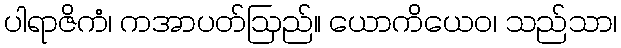
ပါရာဇိကံ၊ ကအာပတ်ဩည်။ ယောကိယေဝ၊ သည်သာ၊